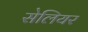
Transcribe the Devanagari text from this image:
सेलियर